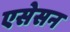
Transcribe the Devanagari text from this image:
एसेसन